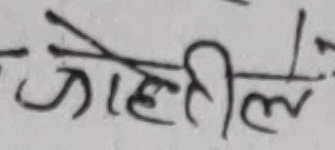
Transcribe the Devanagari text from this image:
जोहीले